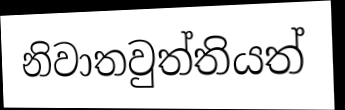
නිවාතවුත්තියත්